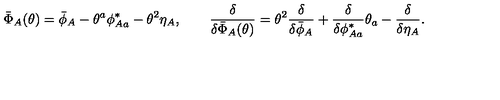
\bar { \Phi } _ { A } ( \theta ) = \bar { \phi } _ { A } - \theta ^ { a } \phi _ { A a } ^ { * } - \theta ^ { 2 } \eta _ { A } , \qquad \frac { \delta } { \delta \bar { \Phi } _ { A } ( \theta ) } = \theta ^ { 2 } \frac { \delta } { \delta \bar { \phi } _ { A } } + \frac { \delta } { \delta \phi _ { A a } ^ { * } } \theta _ { a } - \frac { \delta } { \delta \eta _ { A } } .